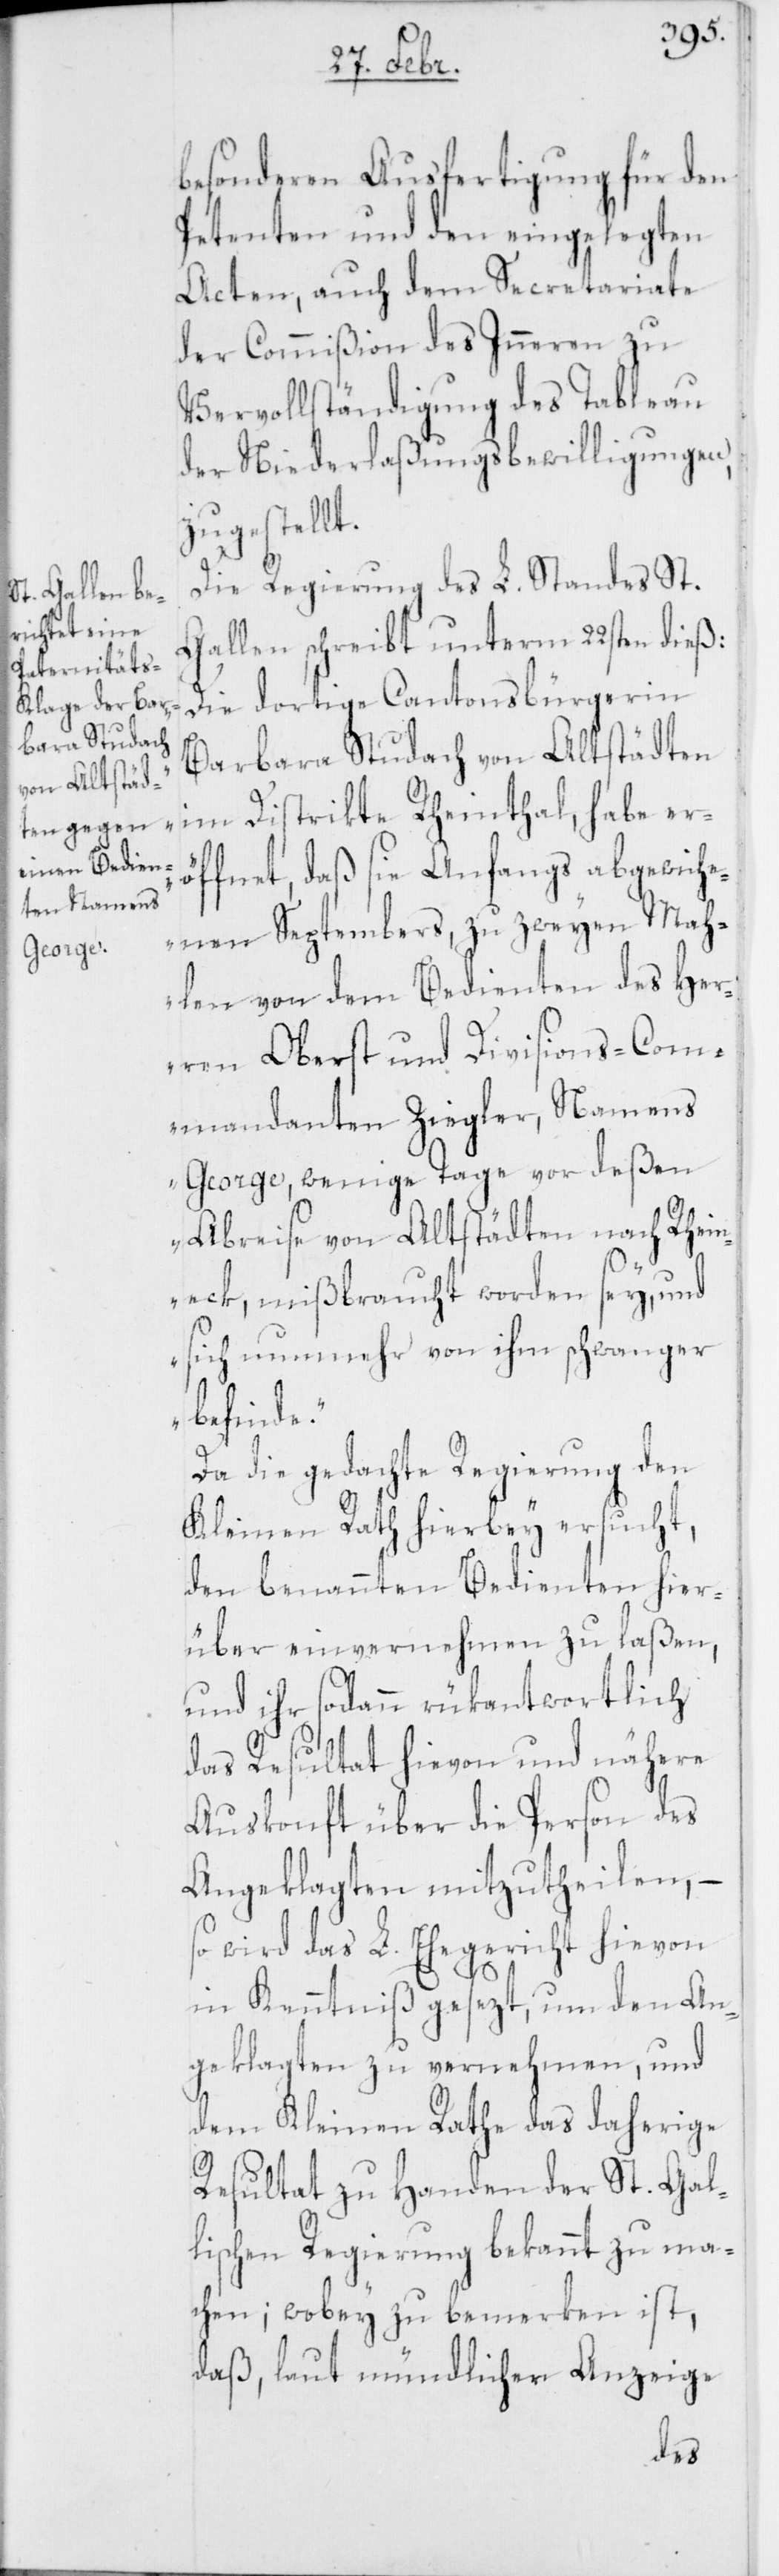
besonderen Ausfertigung für den
Petenten und den eingelegten
Acten, auch dem Secretariate
der Commißion des Inneren zu
Vervollständigung des Tableau
der Niederlaßungsbewilligungen
zugestellt.
Die Regierung des L. Standes St.
Gallen schreibt unterm 22sten dieß:
„Die dortige Cantonsbürgerin
Barbara Studach von Altstädten
im Distrikte Rheinthal, habe er¬
öffnet, daß sie anfangs abgewich¬
enen Septembers, zu zweyen Mah¬
len von dem Bedienten des Her¬
ren Oberst und Divisions-Com¬
mandanten Ziegler, Namens
George, wenige Tage vor deßen
Abreise von Altstäcten nach Rhei¬
neck, mißbraucht worden sey, und
sich nunmehr von ihm schwanger
befinde.“
Da die gedachte Regierung den
Kleinen Rath hierbey ersucht,
den benannten Bedienten hier¬
über einvernehmen zu laßen,
und ihr sodann rükantwortlich
das Resultat hievon und nähere
Auskunft über die Person des
Angeklagten mitzutheilen, –
so wird das L. Ehegericht hievon
in Kenntniß gesezt, um den An¬
geklagten zu vernehmen, und
dem Kleinen Rathe das daherige
Resultat zu Handen der St. Gal¬
lischen Regierung bekannt zu ma¬
chen; wobey zu bemerken ist,
daß, laut mündlicher Anzeige